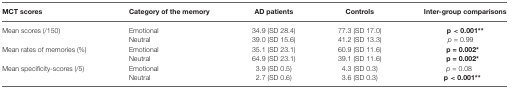
<table><thead><tr><td><b>MCT scores</b></td><td><b>Category of the memory</b></td><td><b>AD patients</b></td><td><b>Controls</b></td><td><b>Inter-group comparisons</b></td></tr></thead><tbody><tr><td>Mean scores (/150)</td><td>Emotional</td><td>34.9 (SD 28.4)</td><td>77.3 (SD 17.0)</td><td><b>p &lt; 0.001**</b></td></tr><tr><td></td><td>Neutral</td><td>39.0 (SD 15.6)</td><td>41.2 (SD 13.3)</td><td><i>p</i> = 0.99</td></tr><tr><td>Mean rates of memories (%)</td><td>Emotional</td><td>35.1 (SD 23.1)</td><td>60.9 (SD 11.6)</td><td><b>p = 0.002*</b></td></tr><tr><td></td><td>Neutral</td><td>64.9 (SD 23.1)</td><td>39.1 (SD 11.6)</td><td><b>p = 0.002*</b></td></tr><tr><td>Mean specificity-scores (/5)</td><td>Emotional</td><td>3.9 (SD 0.5)</td><td>4.3 (SD 0.3)</td><td><i>p</i> = 0.08</td></tr><tr><td></td><td>Neutral</td><td>2.7 (SD 0.6)</td><td>3.6 (SD 0.3)</td><td><b>p &lt; 0.001**</b></td></tr></tbody></table>